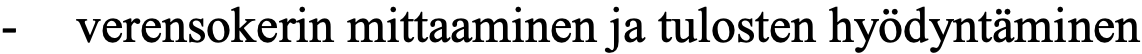
-  verensokerin mittaaminen ja tulosten hyödyntäminen